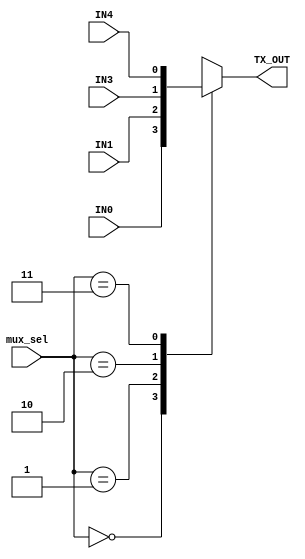
module mux (
    input IN0,IN1,IN3,IN4,
    input [1:0] mux_sel,
    output reg TX_OUT
);
    always @(*) begin
        case (mux_sel)
            0 : TX_OUT = IN0;
            1 : TX_OUT = IN1;
            2 : TX_OUT = IN3;
            3 : TX_OUT = IN4;
            default: TX_OUT = 0;
        endcase    
    end
    
endmodule